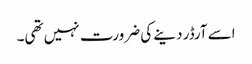
اسے آرڈر دینے کی ضرورت نہیں تھی۔